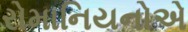
રોમાનિયનોએ